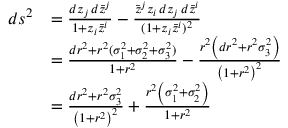
{ \begin{array} { r l } { d s ^ { 2 } } & { = { \frac { d z _ { j } \, d { \bar { z } } ^ { j } } { 1 + z _ { i } { \bar { z } } ^ { i } } } - { \frac { { \bar { z } } ^ { j } z _ { i } \, d z _ { j } \, d { \bar { z } } ^ { i } } { ( 1 + z _ { i } { \bar { z } } ^ { i } ) ^ { 2 } } } } \\ & { = { \frac { d r ^ { 2 } + r ^ { 2 } ( \sigma _ { 1 } ^ { 2 } + \sigma _ { 2 } ^ { 2 } + \sigma _ { 3 } ^ { 2 } ) } { 1 + r ^ { 2 } } } - { \frac { r ^ { 2 } \left( d r ^ { 2 } + r ^ { 2 } \sigma _ { 3 } ^ { 2 } \right) } { \left( 1 + r ^ { 2 } \right) ^ { 2 } } } } \\ & { = { \frac { d r ^ { 2 } + r ^ { 2 } \sigma _ { 3 } ^ { 2 } } { \left( 1 + r ^ { 2 } \right) ^ { 2 } } } + { \frac { r ^ { 2 } \left( \sigma _ { 1 } ^ { 2 } + \sigma _ { 2 } ^ { 2 } \right) } { 1 + r ^ { 2 } } } } \end{array} }